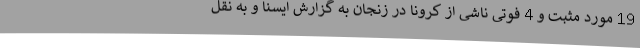
19 مورد مثبت و 4 فوتی ناشی از کرونا در زنجان به گزارش ایسنا و به نقل